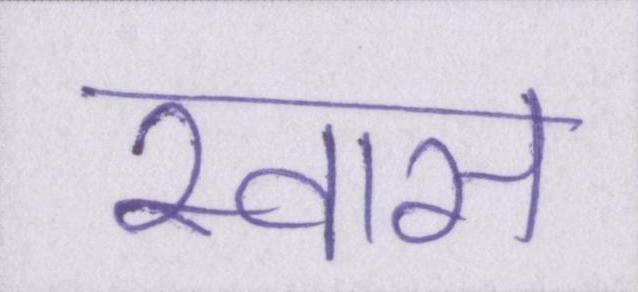
स्वास